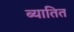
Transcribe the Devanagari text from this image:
ब्यातित